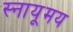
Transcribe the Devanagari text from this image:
स्नायूमय